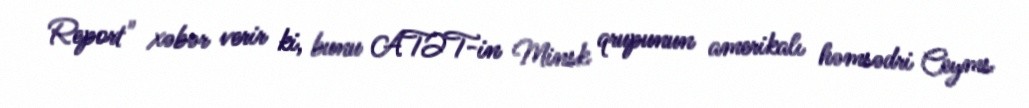
Report" xəbər verir ki, bunu ATƏT-in Minsk qrupunun amerikalı həmsədri Ceyms